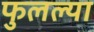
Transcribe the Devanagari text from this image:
फुलल्या